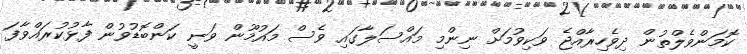
ކޮމަންވެލްތުން ދިވެހިރާއްޖެ ވަކިވުމަށް ނިންމި މައްސަލާގައި ވެސް މައުމޫން ވަނީ ކަންބޮޑުވުން ފާޅުކުރައްވާފަ